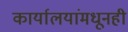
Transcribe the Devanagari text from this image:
कार्यालयांमधूनही